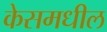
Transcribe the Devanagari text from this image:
केसमधील